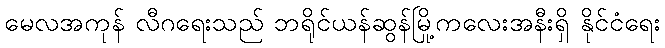
မေလအကုန် လီဂရေးသည် ဘရိုင်ယန်ဆွန်မြို့ကလေးအနီးရှိ နိုင်ငံရေး